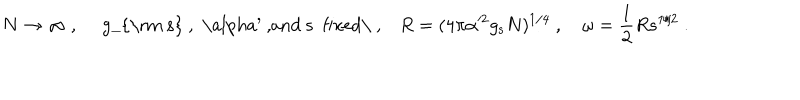
N \to \infty \ , \quad \mathrm { ~ g _ { \mathrm { ~ s } } ~ , ~ \ a l p h a ^ { \prime } ~ , a n d ~ s ~ f i x e d \ , } \quad R = ( 4 \pi \alpha ^ { 2 } g _ { \mathrm { s } } N ) ^ { 1 / 4 } \ , \quad \omega = \frac { 1 } { 2 } R s ^ { 1 / 2 } \ .